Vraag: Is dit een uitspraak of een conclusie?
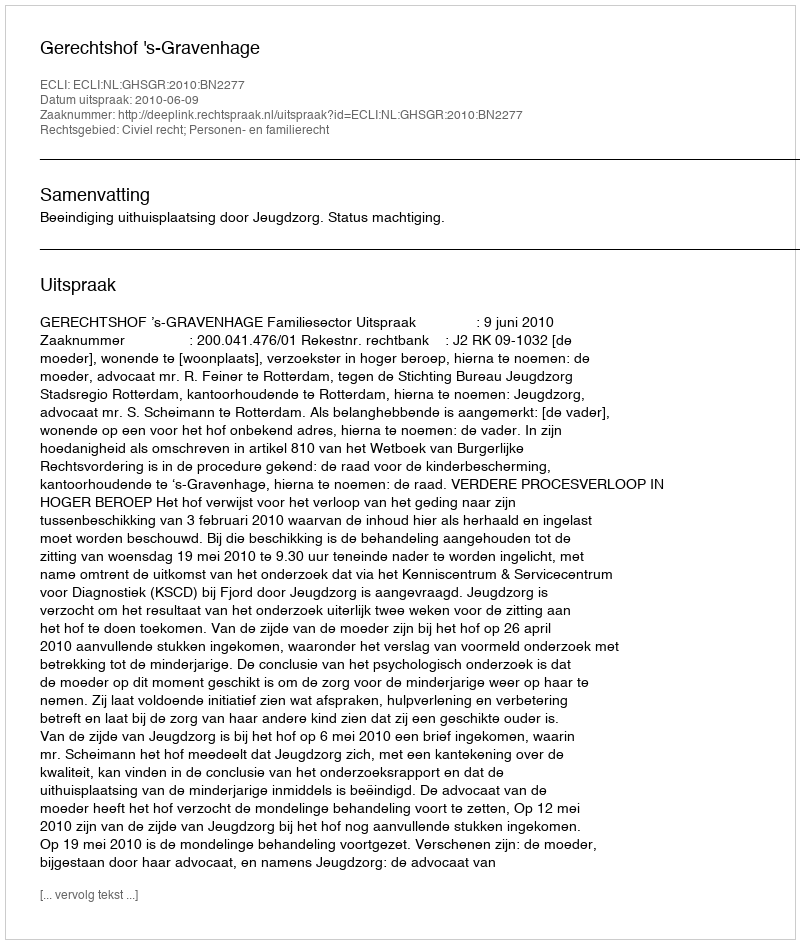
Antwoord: Uitspraak